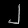
Digit: ၂